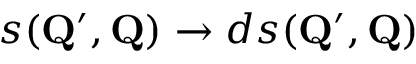
s ( \mathbf { Q } ^ { \prime } , \mathbf { Q } ) \to d s ( \mathbf { Q } ^ { \prime } , \mathbf { Q } )